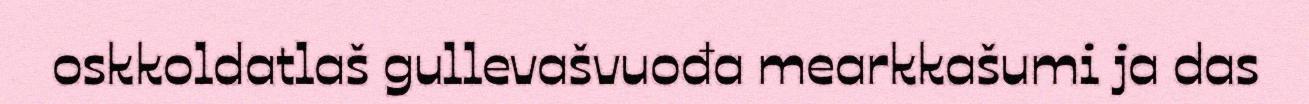
oskkoldatlaš gullevašvuođa mearkkašumi ja das